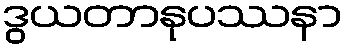
ဒွယတာနုပဿနာ